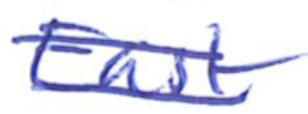
Text: East
Cross-out: double-line
Writing tool: ballpoint